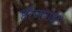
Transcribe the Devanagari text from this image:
हौजपाईप